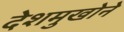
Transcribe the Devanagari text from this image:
देशमुखोने